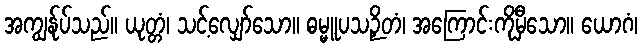
အကျွန်ုပ်သည်။ ယုတ္တံ၊ သင့်လျှော်သော။ ဓမ္မူပသဉှိတံ၊ အကြောင်းကိုမှီသော။ ယောဂံ၊